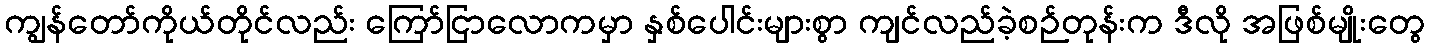
ကျွန်တော်ကိုယ်တိုင်လည်း ကြော်ငြာလောကမှာ နှစ်ပေါင်းများစွာ ကျင်လည်ခဲ့စဉ်တုန်းက ဒီလို အဖြစ်မျိုးတွေ